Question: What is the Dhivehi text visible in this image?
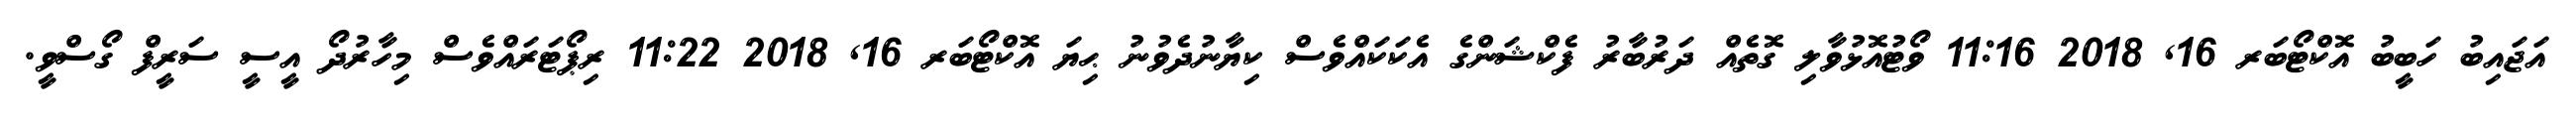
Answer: އަޖައިބު ހަބީބު އޮކްޓޯބަރ 16, 2018 11:16 ވޯޓުއޮޅުވާލި ގޮތެއް ދަރުބާރު ފެކްޝަންގެ އެކަކައްވެސް ކިޔާނުދެވުނު ޙިޔަ އޮކްޓޯބަރ 16, 2018 11:22 ރިޕޯޓަރައްވެސް މިހާރުދޯ އީސީ ސަރީފް ގޯސްވީ.